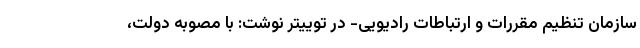
سازمان تنظیم مقررات و ارتباطات رادیویی- در توییتر نوشت: با مصوبه دولت،